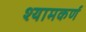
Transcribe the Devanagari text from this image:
श्यामकर्ण